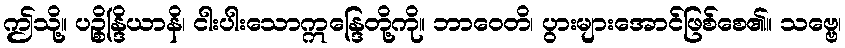
ဤသို့။ ပဉ္စိန္ဒြိယာနိ၊ ငါးပါးသောဣန္ဒြေတို့ကို။ ဘာဝေတိ၊ ပွားများအောင်ဖြစ်စေ၏။ သဗ္ဗေ၊